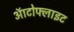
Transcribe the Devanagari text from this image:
ऑटोफ्लाइट